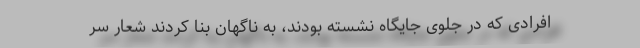
افرادی كه در جلوی جایگاه نشسته بودند، به ناگهان بنا کردند شعار سر